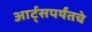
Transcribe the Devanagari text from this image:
आर्ट्‌सपर्यंतचे